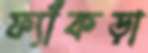
ফ্যাঁকড়া